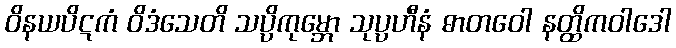
ဝိနယပိဋကံ ဝိဒံသေတိ သပ္ပိကုမ္ဘော သုပ္ပဟီနံ ဓာတဝေါ နတ္ထိကဝါဒေါ